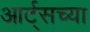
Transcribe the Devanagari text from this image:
आर्ट्‌सच्या